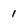
Character: 1